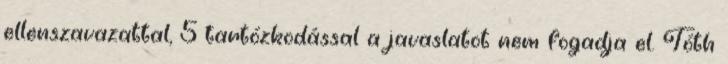
ellenszavazattal, 5 tartózkodással a javaslatot nem fogadja el. Tóth